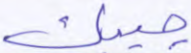
جيبك